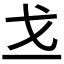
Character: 𪭉